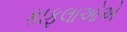
કાફલાઓએ